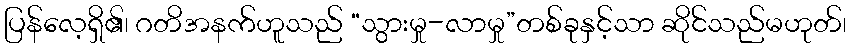
ပြန်လေ့ရှိ၏၊ ဂတိအနက်ဟူသည် “သွားမှု-လာမှု”တစ်ခုနှင့်သာ ဆိုင်သည်မဟုတ်၊